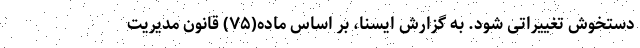
دستخوش تغییراتی شود. به گزارش ایسنا، بر اساس ماده(۷۵) قانون مدیریت